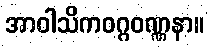
အာဝါသိကဝဂ္ဂဝဏ္ဏနာ။